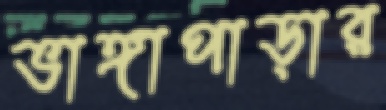
ভাঙ্গাপাড়ার